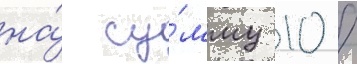
на́ су́мму 10 /